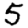
Digit: 5